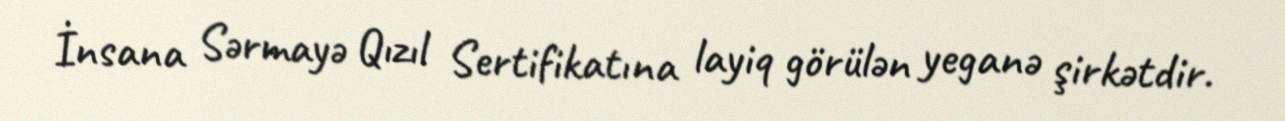
İnsana Sərmayə Qızıl Sertifikatına layiq görülən yeganə şirkətdir.